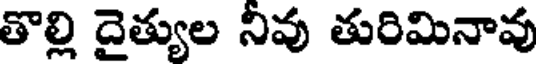
తొల్లి దైత్యుల నివు తురిమినావు